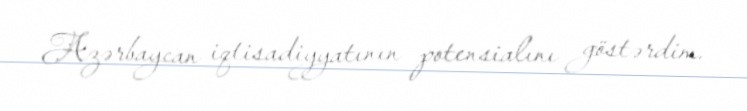
Azərbaycan iqtisadiyyatının potensialını göstərdim.